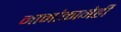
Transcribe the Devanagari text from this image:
नामांकानेही